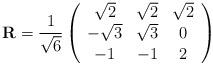
LaTeX: \begin{align*}{\mathbf R}=\frac{1}{\sqrt 6}\left(\begin{array}{ccc}\sqrt 2 & \sqrt 2 & \sqrt 2\\-\sqrt 3 & \sqrt 3 & 0\\-1 & -1 & 2\end{array}\right)\end{align*}